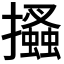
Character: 𢸪